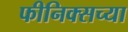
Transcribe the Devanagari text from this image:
फीनिक्सच्या